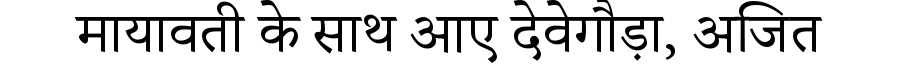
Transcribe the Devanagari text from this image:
मायावती के साथ आए देवेगौड़ा, अजित